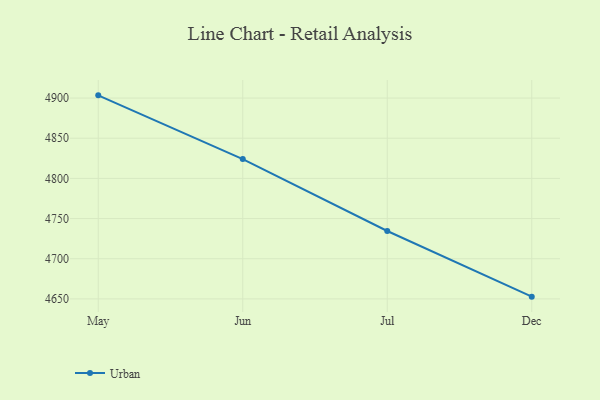
{"axis": {"x": "Month", "y": "Backlog"}, "legend": ["Urban"], "data": [{"x": "May", "y": 4903.4, "type": "Urban"}, {"x": "Jun", "y": 4824.1, "type": "Urban"}, {"x": "Jul", "y": 4734.5, "type": "Urban"}, {"x": "Dec", "y": 4652.8, "type": "Urban"}]}